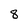
Character: 8